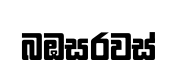
බඹසරවස්